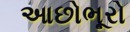
આછોભૂરો